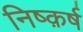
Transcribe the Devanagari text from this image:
निष्क़र्ष